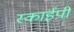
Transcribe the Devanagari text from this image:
स्काईपी